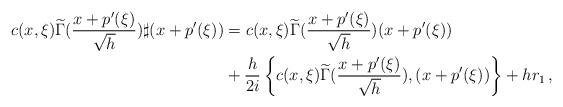
LaTeX: \begin{align*} c(x,\xi)\widetilde{\Gamma}(\frac{x+p'(\xi)}{\sqrt{h}}) \sharp (x+p'(\xi)) & = c(x,\xi)\widetilde{\Gamma}(\frac{x+p'(\xi)}{\sqrt{h}}) (x+p'(\xi))\\& + \frac{h}{2i}\left\{c(x,\xi)\widetilde{\Gamma}(\frac{x+p'(\xi)}{\sqrt{h}}), (x+p'(\xi))\right\} + h r_1\, , \end{align*}